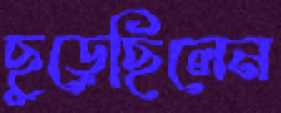
ছুড়েছিলেন